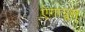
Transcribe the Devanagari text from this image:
ऐगाग्रूस्